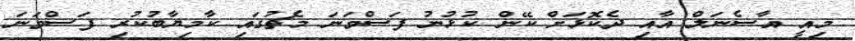
މިއީ އާސެނަލް އާއި ދެކޮޅަށް ކޭން ކުޅުނު ފަސްވަނަ މެޗުގައި ކާމިޔާބުކުރި ފަސްވަނަ